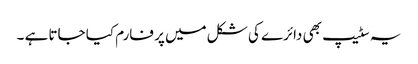
یہ سٹیپ بھی دائرے کی شکل میں پر فارم کیا جاتا ہے ۔